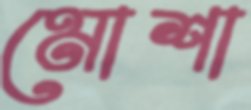
মোশা